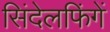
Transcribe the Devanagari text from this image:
सिंदेलफिंगें